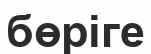
бөріге